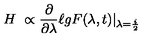
H \ \propto \frac { \partial } { \partial \lambda } \ell g F ( \lambda , t ) | _ { \lambda = \frac { i } { 2 } }